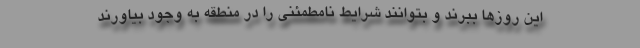
این روزها ببرند و بتوانند شرایط نامطمئنی را در منطقه به وجود بیاورند